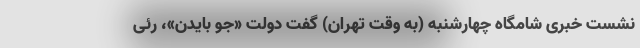
نشست خبری شامگاه چهارشنبه (به وقت تهران) گفت دولت «جو بایدن»، رئی